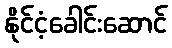
နိုင်ငံ့ခေါင်းဆောင်